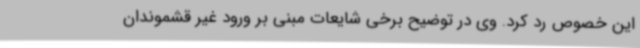
این خصوص رد کرد. وی در توضیح برخی شایعات مبنی بر ورود غیر قشموندان